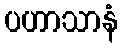
ပဟာသာနံ